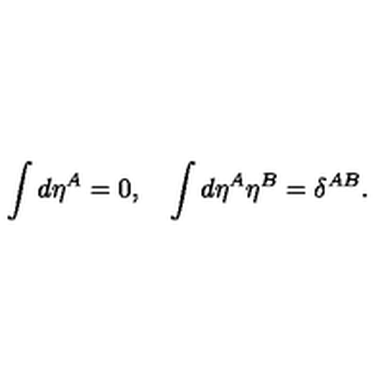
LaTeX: \int d \eta ^ { A } = 0 , \quad \int d \eta ^ { A } \eta ^ { B } = \delta ^ { A B } .